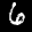
Label: 6